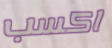
اكسب